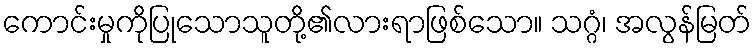
ကောင်းမှုကိုပြုသောသူတို့၏လားရာဖြစ်သော။ သဂ္ဂံ၊ အလွန်မြတ်